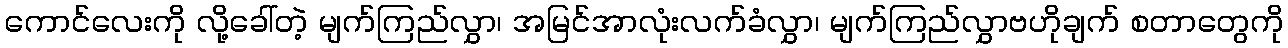
ကောင်လေးကို လို့ခေါ်တဲ့ မျက်ကြည်လွှာ၊ အမြင်အာလုံးလက်ခံလွှာ၊ မျက်ကြည်လွှာဗဟိုချက် စတာတွေကို